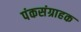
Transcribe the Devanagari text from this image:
पंकसंग्राहक